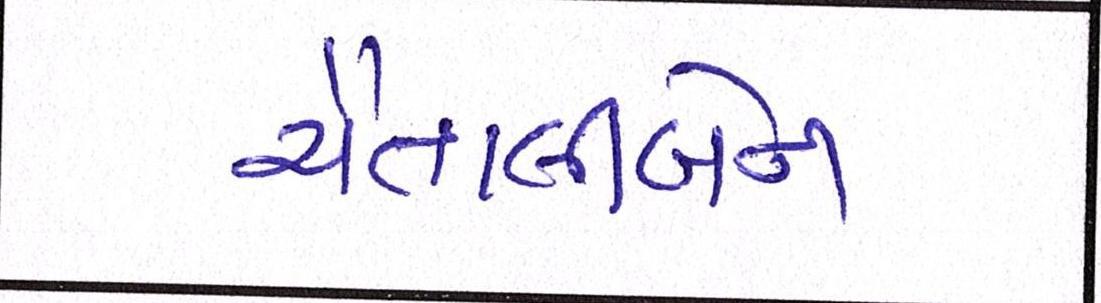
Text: ચૈતાલીબેન